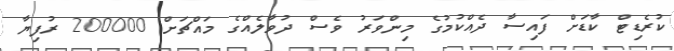
ކުރެޑިޓް ކާޑަށް ފައިސާ ދެއްކުމުގެ މިންވަރު ވެސް ދުވާލެއްގެ މައްޗަށް 200000 ރުފިޔާ